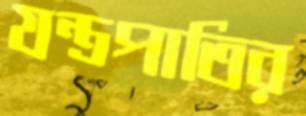
যন্ত্রপাতির